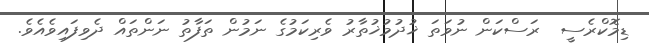
ޑިމޮކްރެސީ  ރަސްކަން ނުވަތަ ޚުދުމުޚުތާރު ވެރިކަމުގެ ނަމުން ތަފާތު ނަންތައް ދެވިފައިވެއެވެ.